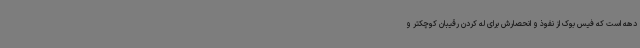
دهه است که فیس بوک از نفوذ و انحصارش برای له کردن رقیبان کوچکتر و